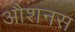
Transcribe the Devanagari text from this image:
औशनस